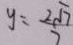
y = \frac { 2 \sqrt { 7 } } { 7 }